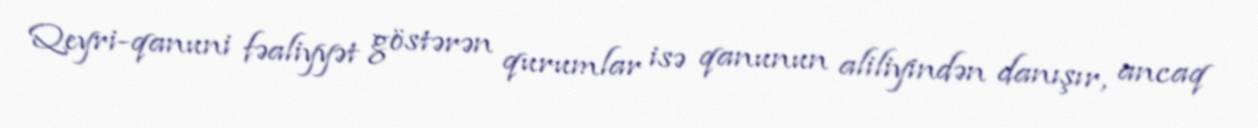
Qeyri-qanuni fəaliyyət göstərən qurumlar isə qanunun aliliyindən danışır, ancaq